Language: tamil
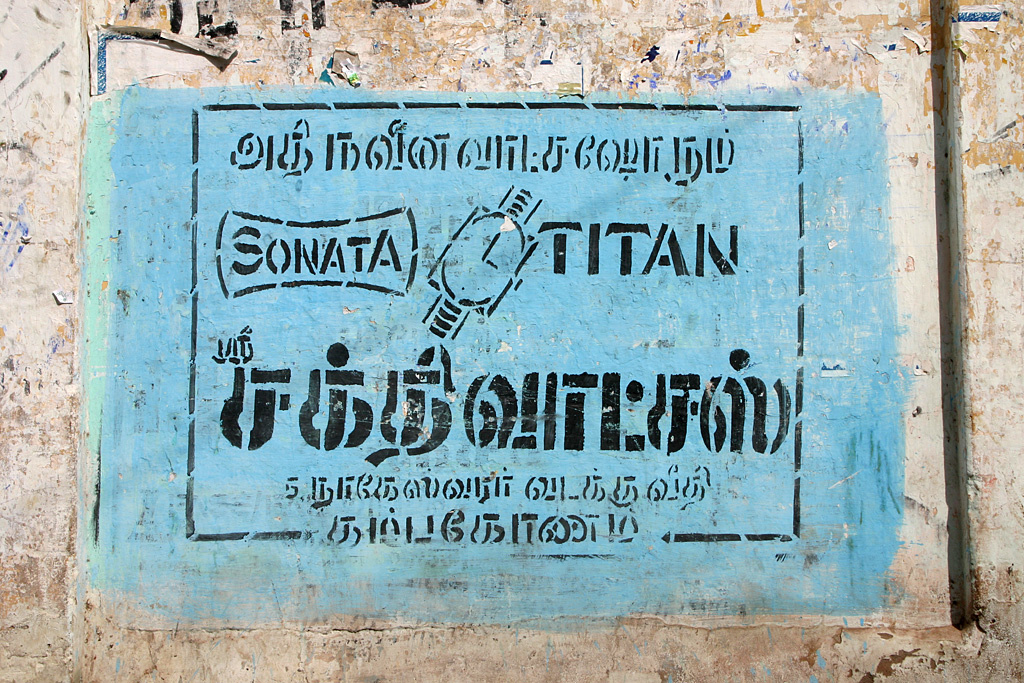
Transcription: அதிநவீன சஸ்